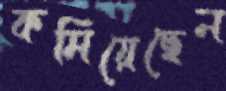
কমিয়েছেন